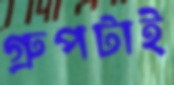
গ্রুপটাই